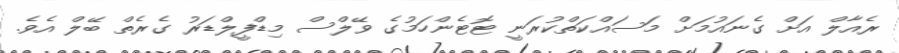
ރެއާލް އަށް ގެނައުމަށް މަސައްކަތްކުރަނީ ޓޮޓެންހަމުގެ ވޭލްސް މިޑްފީލްޑަރު ގެރެތް ބޭލް އެވެ.